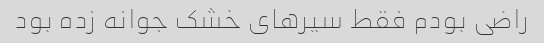
راضی بودم فقط سیرهای خشک جوانه زده بود